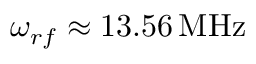
\omega _ { r f } \approx 1 3 . 5 6 \, \mathrm { M H z }